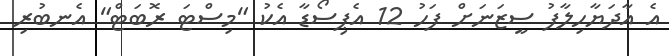
އެ އާދަޔާހިލާފު ސީޒަނަށް ފަހު 12 އެޕިސޯޑާ އެކު "މިސްޓަ ރޮބަޓް" އެނބުރި